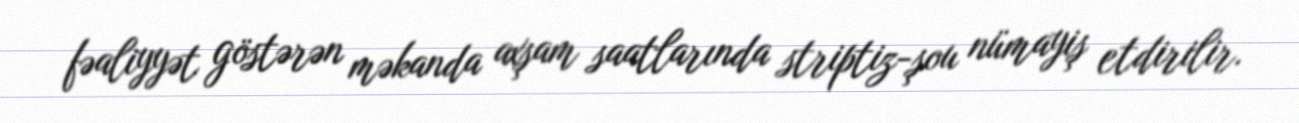
fəaliyyət göstərən məkanda axşam saatlarında striptiz-şou nümayiş etdirilir.